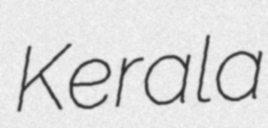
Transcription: Kerala